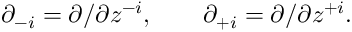
\partial _ { - i } = \partial / \partial z ^ { - i } , \qquad \partial _ { + i } = \partial / \partial z ^ { + i } .